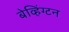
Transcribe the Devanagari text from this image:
बेव्हिंग्टन